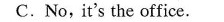
C.No,it's the office.